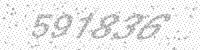
Solution: 591836